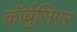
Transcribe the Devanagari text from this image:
कॉर्बुसिएर